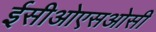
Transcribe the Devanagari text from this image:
ईसीओएसओसी